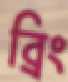
ব্রিং